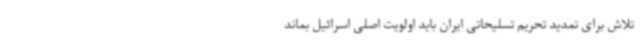
تلاش برای تمدید تحریم تسلیحاتی ایران باید اولویت اصلی اسرائیل بماند